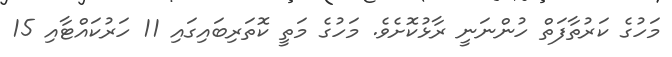
މަހުގެ ކަރުތާފަތް ހުންނަނީ ރާޅުކޮށެވެ. މަހުގެ މަތީ ކޮތަރިބައިގައި 11 ހަރުކައްޓާއި 15